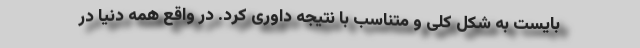
بایست به شکل کلی و متناسب با نتیجه داوری کرد. در واقع همه دنیا در